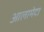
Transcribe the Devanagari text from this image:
आलामेदा